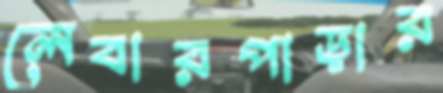
লেবারপাড়ার